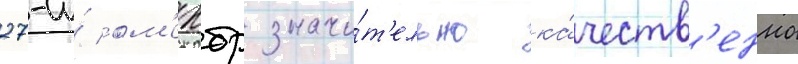
27-и́ ом'ехбр значи́т'ельно ка́честв'енно